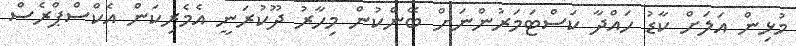
މުޅިން އަލަށް ކާޑު ހައްދާ ކަސްޓަމަރުންނަށް ބޭންކުން މިހާރު ދޫކުރަނީ އެމެރިކަން އެކްސްޕްރެސް